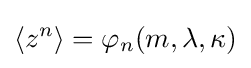
\langle z^{n}\rangle =\varphi _{n}(m,\lambda ,\kappa )